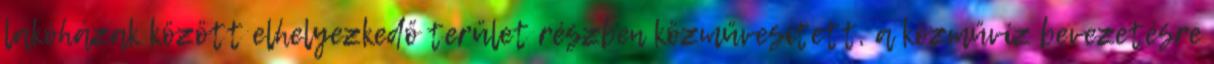
lakóházak között elhelyezkedő terület részben közművesített, a közművíz bevezetésre